Indian journal of veterinary science and animal husbandry - Volume 3,
Year: 1933
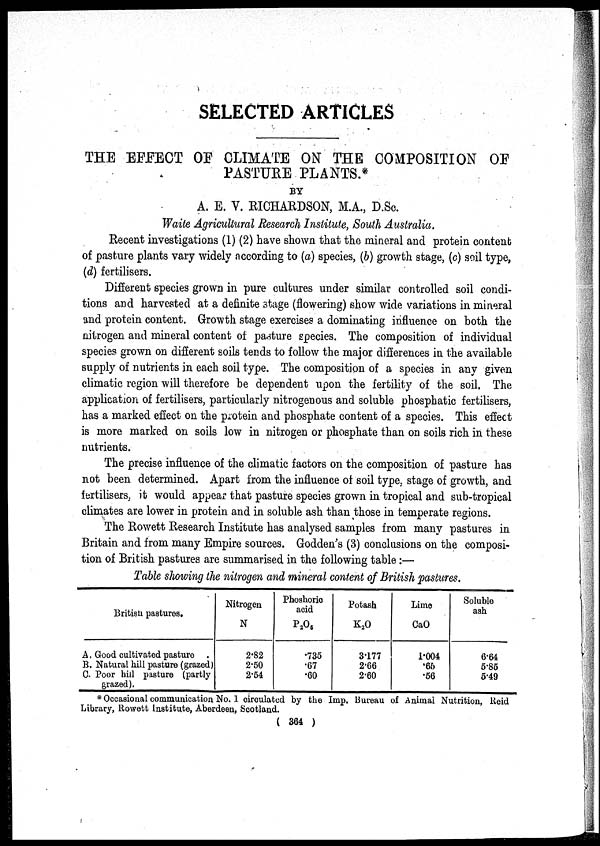
SELECTED ARTICLES
THE EFFECT OF CLIMATE ON THE COMPOSITION OF
PASTURE PLANTS.*
BY
A. E. V. RICHARDSON, M.A., D.Sc.
Waite Agricultural Research Institute, South Australia.
Recent investigations (1) (2) have shown that the mineral and protein content
of pasture plants vary widely according to (a) species, (b) growth stage, (c) soil type,
(d) fertilisers.
Different species grown in pure cultures under similar controlled soil condi-
tions and harvested at a definite stage (flowering) show wide variations in mineral
and protein content. Growth stage exercises a dominating influence on both the
nitrogen and mineral content of pasture species. The composition of individual
species grown on different soils tends to follow the major differences in the available
supply of nutrients in each soil type. The composition of a species in any given
climatic region will therefore be dependent upon the fertility of the soil. The
application of fertilisers, particularly nitrogenous and soluble phosphatic fertilisers,
has a marked effect on the protein and phosphate content of a species. This effect
is more marked on soils low in nitrogen or phosphate than on soils rich in these
nutrients.
The precise influence of the climatic factors on the composition of pasture has
not been determined. Apart from the influence of soil type, stage of growth, and
fertilisers, it would appear that pasture species grown in tropical and sub-tropical
climates are lower in protein and in soluble ash than those in temperate regions.
The Rowett Research Institute has analysed samples from many pastures in
Britain and from many Empire sources. Godden's (3) conclusions on the composi-
tion of British pastures are summarised in the following table:—
Table showing the nitrogen and mineral content of British pastures.
British pastures.
A. Good cultivated pasture
B. Natural hill pasture (grazed)
C. Poor hill pasture (partly
grazed).
Nitrogen
N
2.82
2.50
2.54
Phoshoric
acid
P 2 O 5
.735
.67
.60
Potash
K 2 O
3.177
2.66
2.60
Lime
CaO
1.004
.66
.56
Soluble
ash
6.64
5.85
5.49
* Occasional communication No. 1 circulated by the Imp. Bureau of Animal Nutrition, Reid
Library, Rowett Institute, Aberdeen, Scotland.
( 364 )